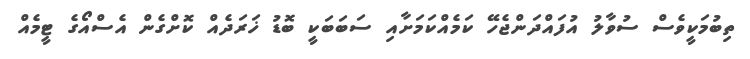
ތިބުމަކީވެސް ސުވާލު އުފައްދަންޖެހޭ ކަމެއްކަމަށާއި ސަބަބަކީ ބޮޑު ޚަރަދެއް ކޮށްގެން އެސްއޯގެ ޓީމެއް